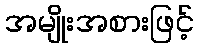
အမျိုးအစားဖြင့်